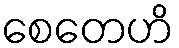
စေတေဟိ